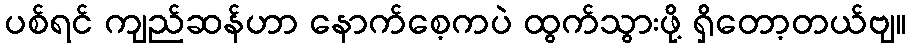
ပစ်ရင် ကျည်ဆန်ဟာ နောက်စေ့ကပဲ ထွက်သွားဖို့ ရှိတော့တယ်ဗျ။